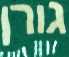
גורן